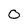
Character: O